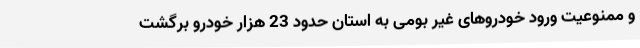
و ممنوعیت ورود خودروهای غیر بومی به استان حدود 23 هزار خودرو برگشت